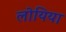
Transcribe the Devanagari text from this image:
लोयिया